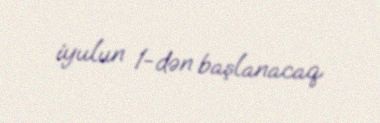
iyulun 1-dən başlanacaq.